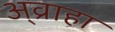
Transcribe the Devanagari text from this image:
अ्व्राहा